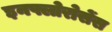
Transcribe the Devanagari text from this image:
इनफ्लोरोसेंस